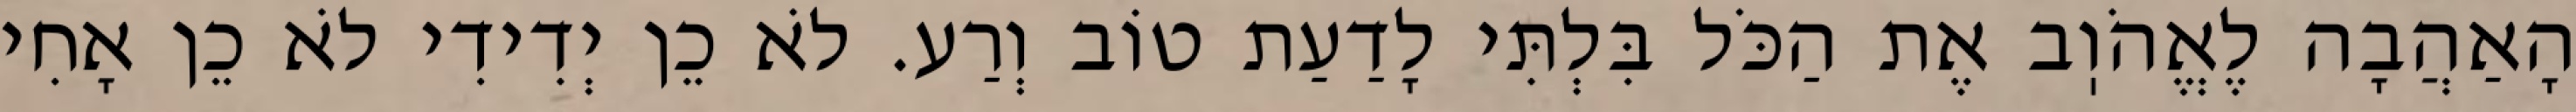
הָאַהֲבָה לֶאֱהֹוֽב אֶת הַכֹּל בִּלְתִּי לָדַעַת טוֹב וְרַע. לֹא כֵן יְדִידִי לֹא כֵן אָחִי